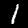
Digit: 1